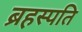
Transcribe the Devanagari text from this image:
ब्रहस्पति